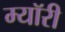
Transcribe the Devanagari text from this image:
म्यॉरी